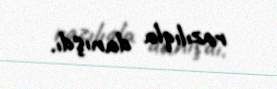
razılıqla danışdı.